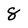
Character: 8